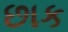
છાક